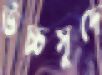
উচ্চসুদে